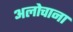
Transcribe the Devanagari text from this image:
अलोचाना